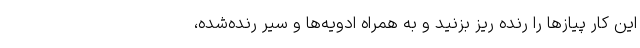
این کار پیازها را رنده ریز بزنید و به همراه ادویه‌ها و سیر رنده‌شده،